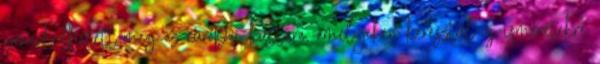
ismerkedhetett meg az európai kultúra, amelyeken keresztül új ismeretekre